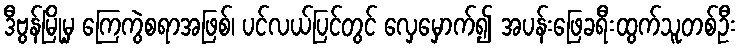
ဒီဗွန်မြို့မှ ကြေကွဲစရာအဖြစ်၊ ပင်လယ်ပြင်တွင် လှေမှောက်၍ အပန်းဖြေခရီးထွက်သူတစ်ဦး